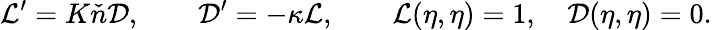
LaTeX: {\cal L}^{\prime}=K\check{n}{\cal D},\qquad{\cal D}^{\prime}=-\kappa{\cal L},\qquad{\cal L}(\eta,\eta)=1,\quad{\cal D}(\eta,\eta)=0.